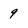
Character: 9